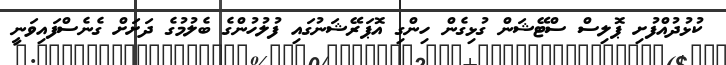
ކުޅުދުއްފުށި ޕޮލިސް ސްޓޭޝަން ގުޅިގެން ހިންގި އޮޕަރޭޝަނުގައި ފުލުހުންގެ ބެލުމުގެ ދަށަށް ގެނެސްފައިވަނީ